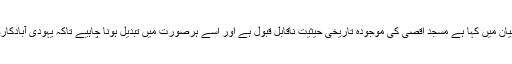
خیال رہےکہ اسرائیل کے داخلی سلامتی کےوزیر گیلاد اردان نے ایک بیان میں کہا ہے مسجد اقصیٰ کی موجودہ تاریخی حیثیت ناقابل قبول ہے اور اسے ہرصورت میں تبدیل ہونا چاہیے تاکہ یہودی آبادکاروں کو بھی کھلے عام وہاں پر مذہبی رسومات کی ادائی کی اجازت ملے۔